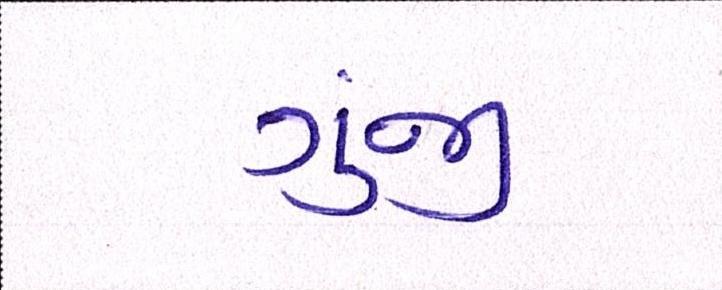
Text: ગુંજી